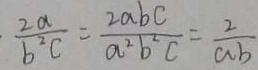
\frac { 2 a } { b ^ { 2 } c } = \frac { 2 a b c } { a ^ { 2 } b ^ { 2 } c } = \frac { 2 } { a b }